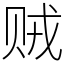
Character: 贼